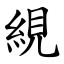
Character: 絸